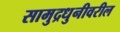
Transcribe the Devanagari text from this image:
सामुद्रधुनीवरील